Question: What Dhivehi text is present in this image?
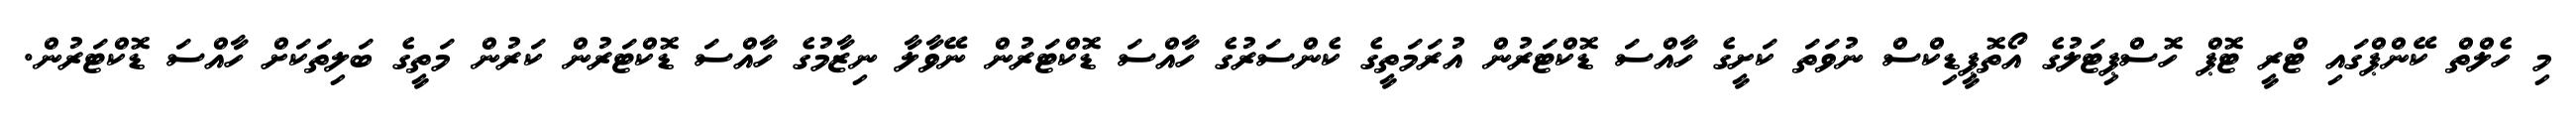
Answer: މި ހެލްތް ކޭންޕްގައި ޓްރީ ޓޮޕް ހޮސްޕިޓަލުގެ އޯތޮޕީޑިކްސް ނުވަތަ ކަށީގެ ހާއްސަ ޑޮކްޓަރުން އުރަމަތީގެ ކެންސަރުގެ ހާއްސަ ޑޮކްޓަރުން ނޭވާލާ ނިޒާމުގެ ހާއްސަ ޑޮކްޓަރުން ކަރުން މަތީގެ ބަލިތަކަށް ހާއްސަ ޑޮކްޓަރުން.